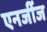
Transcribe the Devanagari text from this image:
एनर्जीज